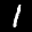
Label: 1